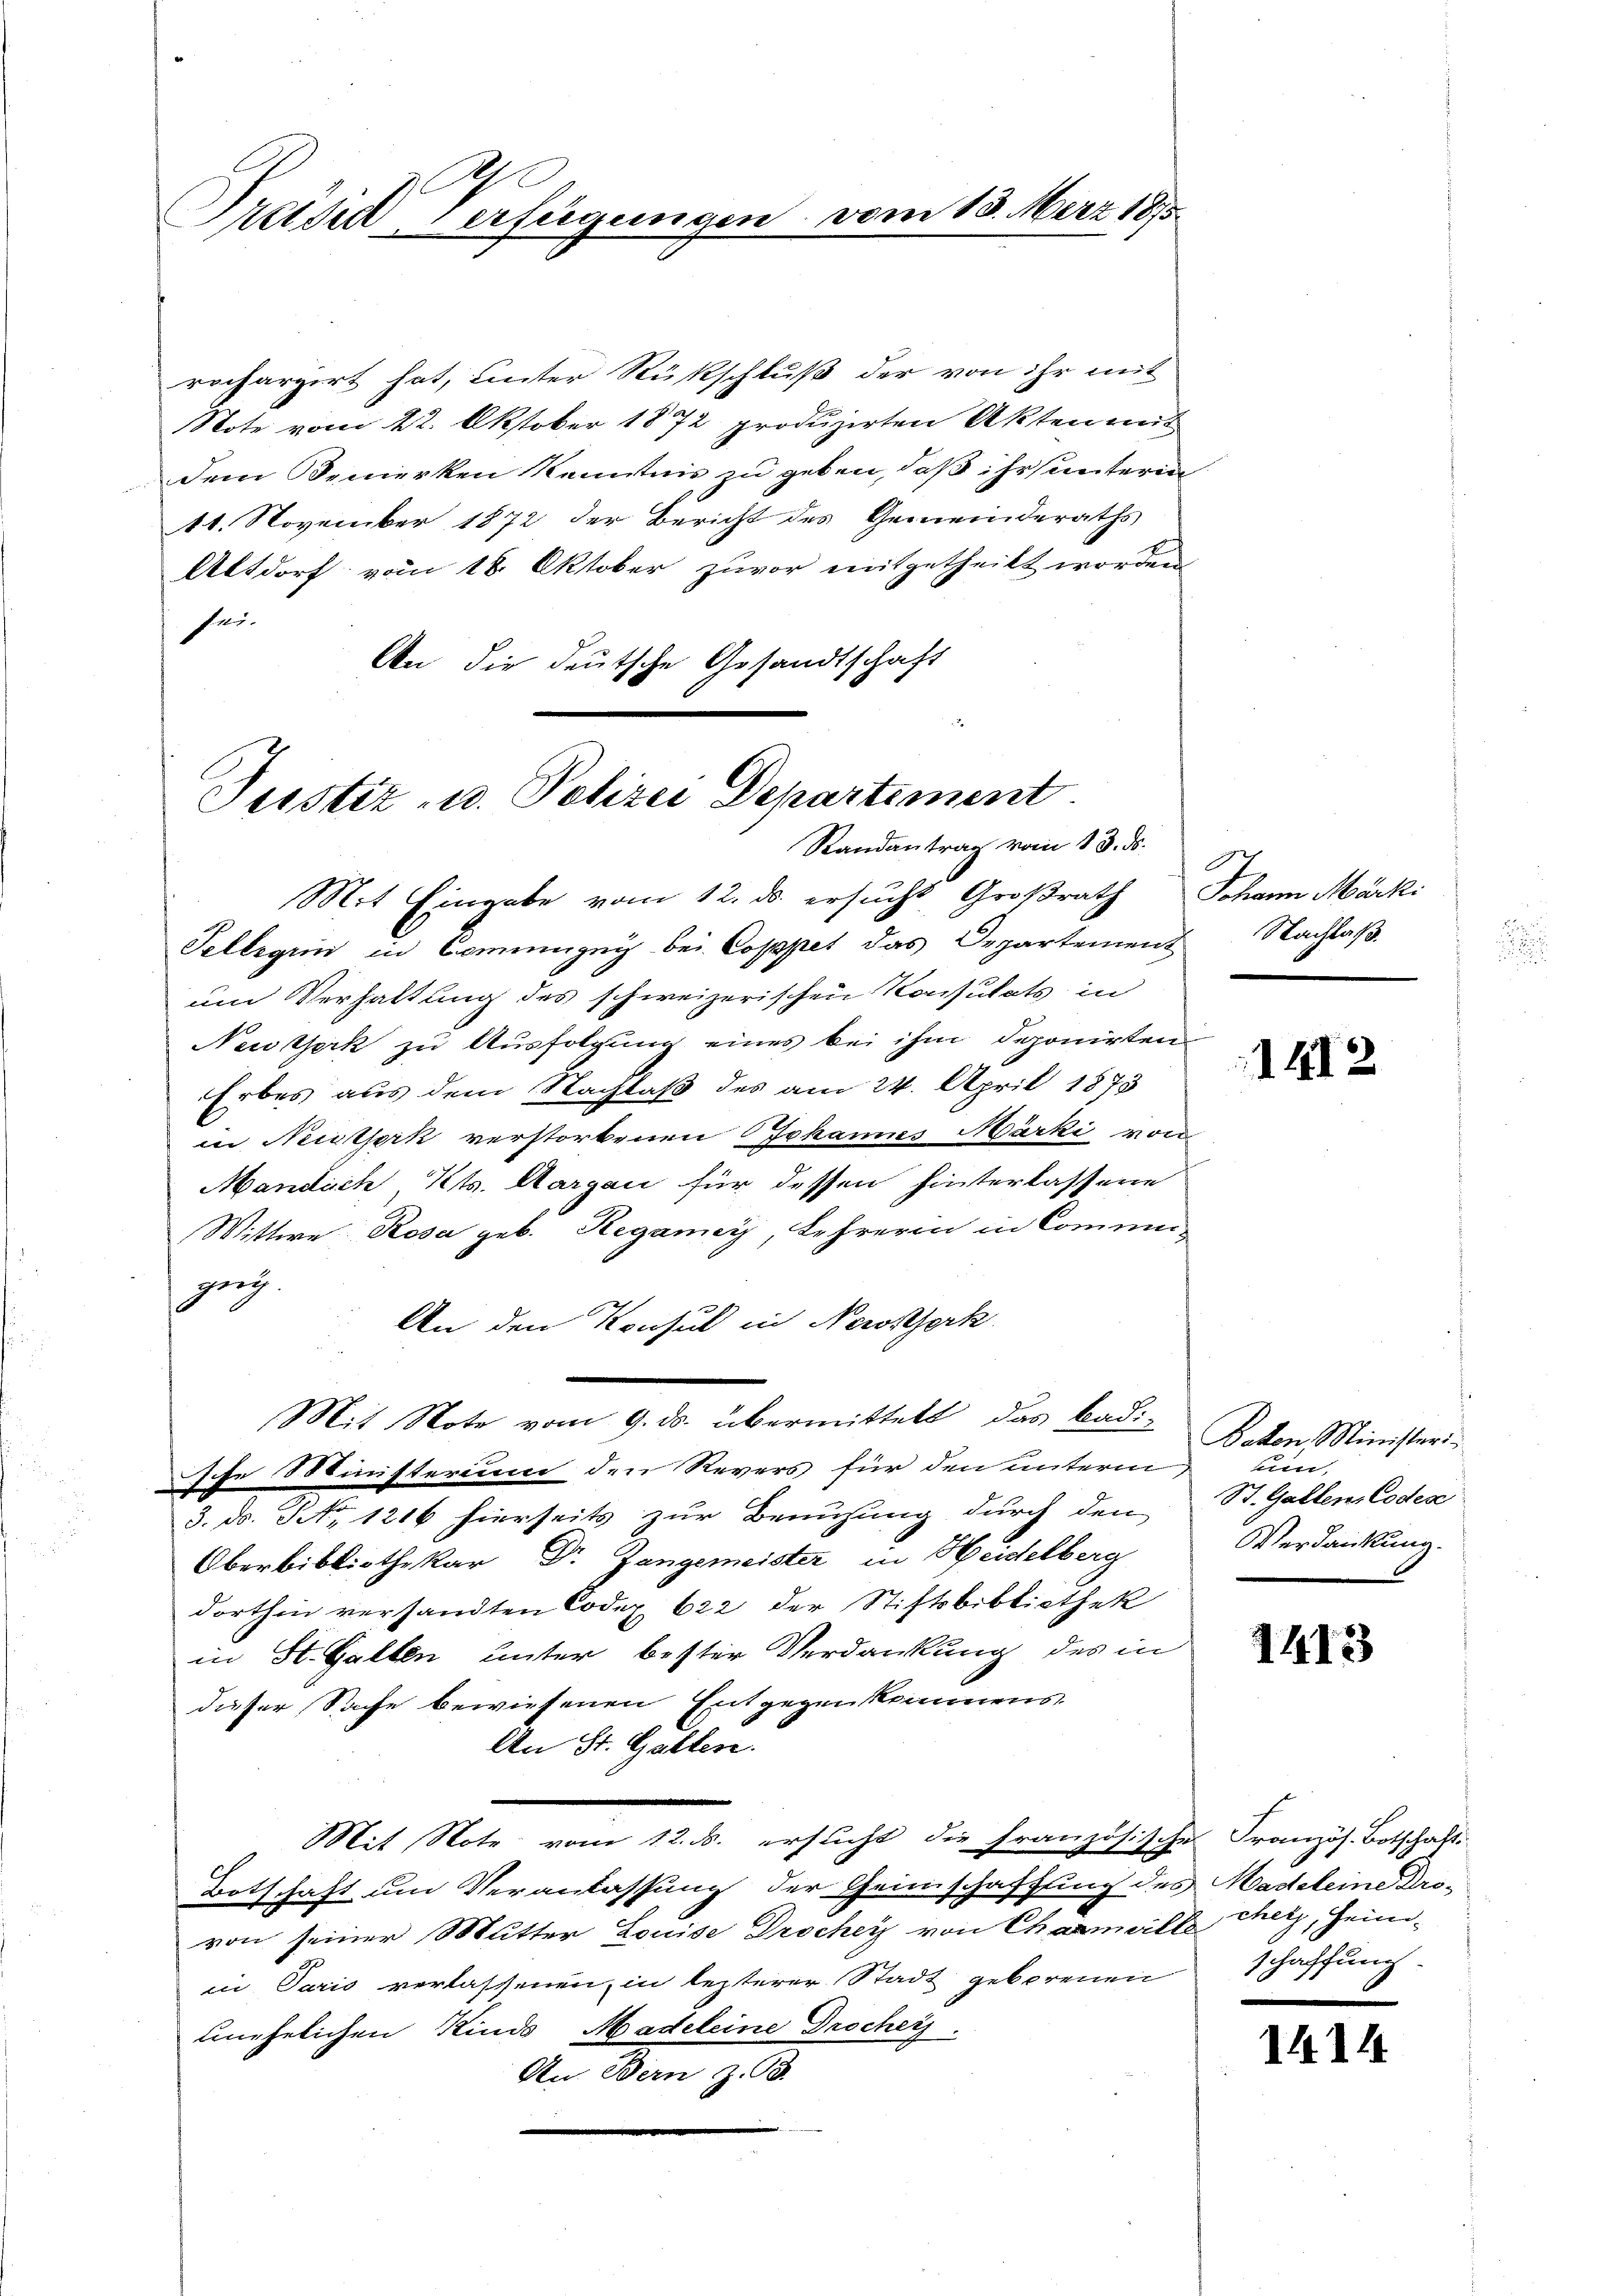
Preiser-Verfügungen

rechargirt hat, unter Rückschluß der von ihr mit
Note vom 22. Oktober 1872 produzirten Akten mit
dem Bemerken Kenntnis zu geben, daß ihr unterin
11. November 1872 der Bericht des Gemeinderaths
Altdorf vom 18. Oktober zuvor mitgetheilt worden
sei-
An die deutsche Gesandtschaft

Justiz- u. Polizei Departement.
Randantrag vom 13. ds.

Mit Eingabe vom 12. ds. ersucht Großrath Johann Märki
Tellegii in Commigny bei Coppet das Departement Nachlaß
um Verhaltung des schweizerischen Konsulats in
Neitserk zu Ausfolgung eines bei ihm deponirten
Erbes aus dem Nachlaß des am 24. April 1873
in Neisterk verstorbenen Johannes Märki von
Mandach, Kts. Aargau für dessen hinterlassene
Wittwe Rosa geb. Regamey, Lehreren in Commugenz.
An den Konsul in Neroserk
Mit Note vom 9. ds. übermittelt, das Badi-
Ihe Ministerium den Revers für den unterm
3. ds. No. 1216 hierseits zur Benuzung durch den
Oberbibliothekar Dr. Zangemeister in Heidelberg
dorthin versandten Codex 622 der Stiftsbibliothek
in St. Gallen unter bester Verdankung des in
dieser Sache bewiesenen Entgegenkommens
An St. Gallen.
Mit Note vom 12. ds. ersucht die Französische Französ. Botschaft
Botschaft um Veranlassung der Geinschaffung des Madeleine Drovon seiner Mutter Louise Drochey von Chamerlicher, Heimin Paris verlassenen in lezterer Stadt geborenen
unehelichen Kinde Madeleine Drochers.
An Bern z. B.

vom 13. März 1895.

1412

Batten Ministeri.
um,
St. Gallen, Codese
Verdankung.

1413

schaffung

1414